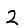
Digit: 2